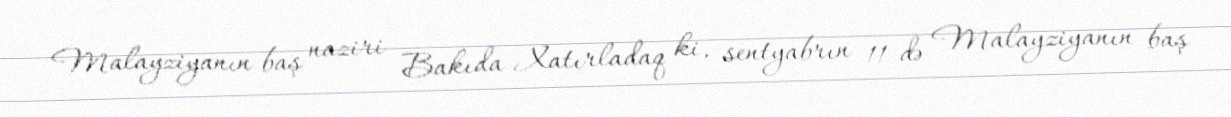
Malayziyanın baş naziri Bakıda Xatırladaq ki, sentyabrın 11-də Malayziyanın baş